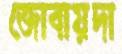
জোবায়দা